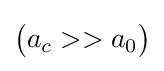
{\big (}a_{c}>>a_{0}{\big )}